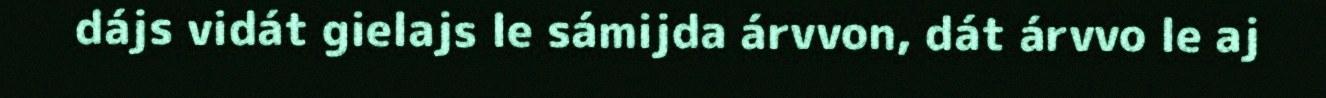
dájs vidát gielajs le sámijda árvvon, dát árvvo le aj